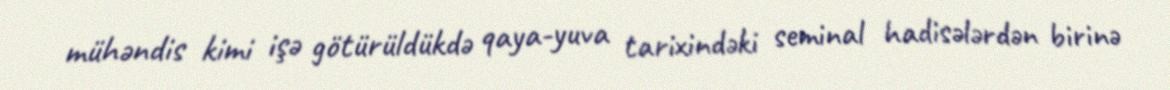
mühəndis kimi işə götürüldükdə qaya-yuva tarixindəki seminal hadisələrdən birinə